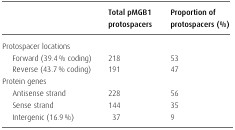
|  | Total pMGB1 protospacers | Proportion of protospacers (%) |
 | --- | --- | --- |
 | Protospacer locations |  |  |
 | Forward (39.4% coding) | 218 | 53 |
 | Reverse (43.7% coding) | 191 | 47 |
 | Protein genes |  |  |
 | Antisense strand | 228 | 56 |
 | Sense strand | 144 | 35 |
 | Intergenic (16.9%) | 37 | 9 |